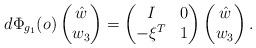
LaTeX: \begin{align*}d\Phi_{g_1}(o)\begin{pmatrix} \hat w\\ w_3\end{pmatrix} = \begin{pmatrix} I&0\\ -\xi^T&1\end{pmatrix} \begin{pmatrix}\hat w\\ w_3\end{pmatrix}.\end{align*}